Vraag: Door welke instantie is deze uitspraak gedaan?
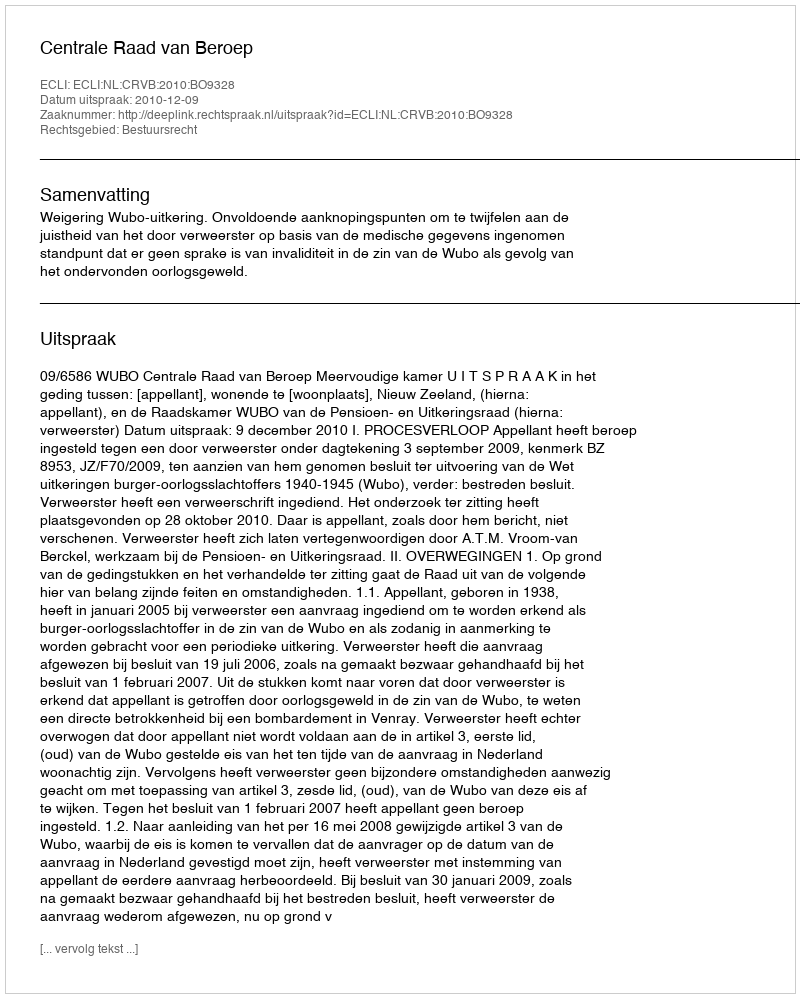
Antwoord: Centrale Raad van Beroep